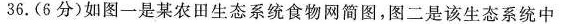
36.(6分)如图一是某农田生态系统食物网简图，图二是该生态